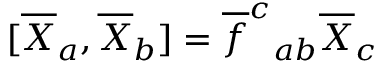
[ \overline { { { X } } } _ { a } , \overline { { { X } } } _ { b } ] = \overline { { { f } } } ^ { c } { } _ { a b } \overline { { { X } } } _ { c }